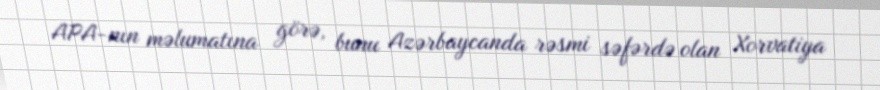
APA-nın məlumatına görə, bunu Azərbaycanda rəsmi səfərdə olan Xorvatiya